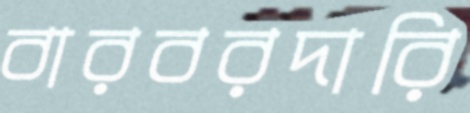
বারবরদারি